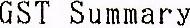
GST SUMMARY